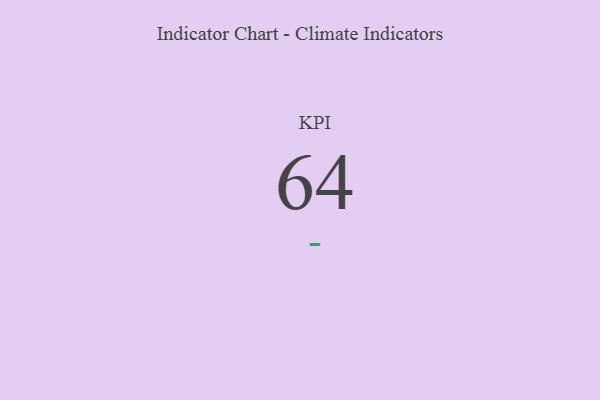
{"axis": {"x": "KPI", "y": "Value"}, "legend": [""], "data": [{"x": "KPI", "y": 64, "type": ""}]}